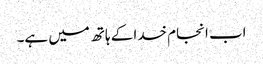
اب انجام خدا کے ہاتھ میں ہے۔